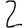
Digit: 2